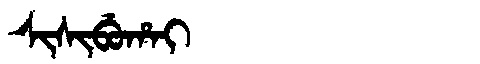
Manchu: ᠰᡳᠰᡳᠪᡠᡥᠠᡳ
Romanization: SISIBUHAI